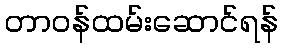
တာဝန်ထမ်းဆောင်ရန်